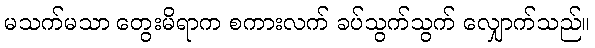
မသက်မသာ တွေးမိရာက စကားလက် ခပ်သွက်သွက် လျှောက်သည်။